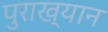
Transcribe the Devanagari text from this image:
पुराख्यान